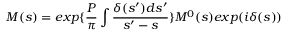
M ( s ) = e x p \{ \frac { P } { \pi } \int \frac { \delta ( s ^ { \prime } ) d s ^ { \prime } } { s ^ { \prime } - s } \} M ^ { 0 } ( s ) e x p ( i \delta ( s ) )